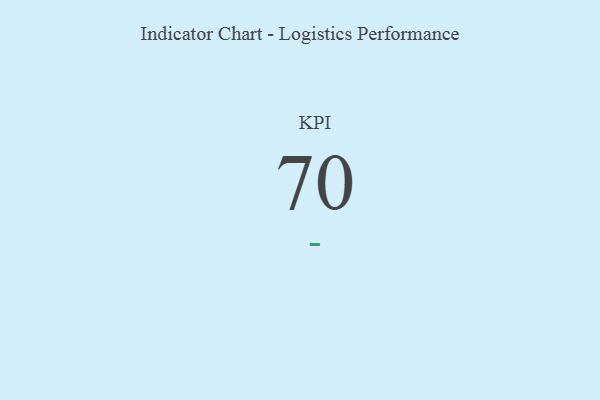
{"axis": {"x": "KPI", "y": "Value"}, "legend": [""], "data": [{"x": "KPI", "y": 70, "type": ""}]}